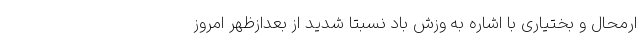
ارمحال و بختیاری با اشاره به وزش باد نسبتا شدید از بعدازظهر امروز